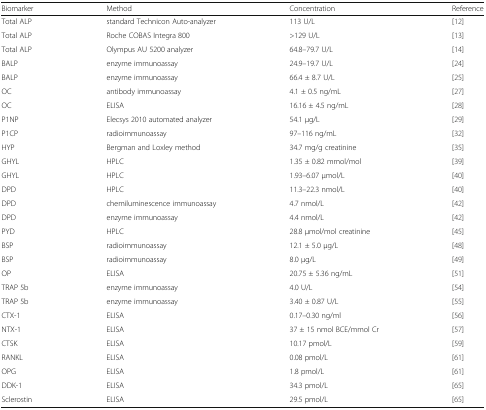
<table><thead><tr><td><b>Biomarker</b></td><td><b>Method</b></td><td><b>Concentration</b></td><td><b>Reference</b></td></tr></thead><tbody><tr><td>Total ALP</td><td>standard Technicon Auto-analyzer</td><td>113 U/L</td><td>[12]</td></tr><tr><td>Total ALP</td><td>Roche COBAS Integra 800</td><td>&gt;129 U/L</td><td>[13]</td></tr><tr><td>Total ALP</td><td>Olympus AU 5200 analyzer</td><td>64.8–79.7 U/L</td><td>[14]</td></tr><tr><td>BALP</td><td>enzyme immunoassay</td><td>24.9–19.7 U/L</td><td>[24]</td></tr><tr><td>BALP</td><td>enzyme immunoassay</td><td>66.4 ± 8.7 U/L</td><td>[25]</td></tr><tr><td>OC</td><td>antibody immunoassay</td><td>4.1 ± 0.5 ng/mL</td><td>[27]</td></tr><tr><td>OC</td><td>ELISA</td><td>16.16 ± 4.5 ng/mL</td><td>[28]</td></tr><tr><td>P1NP</td><td>Elecsys 2010 automated analyzer</td><td>54.1 μg/L</td><td>[29]</td></tr><tr><td>P1CP</td><td>radioimmunoassay</td><td>97–116 ng/mL</td><td>[32]</td></tr><tr><td>HYP</td><td>Bergman and Loxley method</td><td>34.7 mg/g creatinine</td><td>[35]</td></tr><tr><td>GHYL</td><td>HPLC</td><td>1.35 ± 0.82 mmol/mol</td><td>[39]</td></tr><tr><td>GHYL</td><td>HPLC</td><td>1.93–6.07 μmol/L</td><td>[40]</td></tr><tr><td>DPD</td><td>HPLC</td><td>11.3–22.3 nmol/L</td><td>[40]</td></tr><tr><td>DPD</td><td>chemiluminescence immunoassay</td><td>4.7 nmol/L</td><td>[42]</td></tr><tr><td>DPD</td><td>enzyme immunoassay</td><td>4.4 nmol/L</td><td>[42]</td></tr><tr><td>PYD</td><td>HPLC</td><td>28.8 μmol/mol creatinine</td><td>[45]</td></tr><tr><td>BSP</td><td>radioimmunoassay</td><td>12.1 ± 5.0 μg/L</td><td>[48]</td></tr><tr><td>BSP</td><td>radioimmunoassay</td><td>8.0 μg/L</td><td>[49]</td></tr><tr><td>OP</td><td>ELISA</td><td>20.75 ± 5.36 ng/mL</td><td>[51]</td></tr><tr><td>TRAP 5b</td><td>enzyme immunoassay</td><td>4.0 U/L</td><td>[54]</td></tr><tr><td>TRAP 5b</td><td>enzyme immunoassay</td><td>3.40 ± 0.87 U/L</td><td>[55]</td></tr><tr><td>CTX-1</td><td>ELISA</td><td>0.17–0.30 ng/ml</td><td>[56]</td></tr><tr><td>NTX-1</td><td>ELISA</td><td>37 ± 15 nmol BCE/mmol Cr</td><td>[57]</td></tr><tr><td>CTSK</td><td>ELISA</td><td>10.17 pmol/L</td><td>[59]</td></tr><tr><td>RANKL</td><td>ELISA</td><td>0.08 pmol/L</td><td>[61]</td></tr><tr><td>OPG</td><td>ELISA</td><td>1.8 pmol/L</td><td>[61]</td></tr><tr><td>DDK-1</td><td>ELISA</td><td>34.3 pmol/L</td><td>[65]</td></tr><tr><td>Sclerostin</td><td>ELISA</td><td>29.5 pmol/L</td><td>[65]</td></tr></tbody></table>